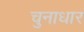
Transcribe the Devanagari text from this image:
चुनाधार